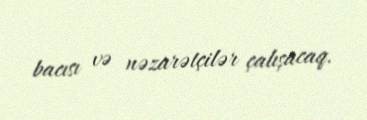
bacısı və nəzarətçilər çalışacaq.